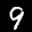
Label: 9